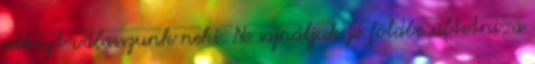
edényt válasszunk neki. Ne sajnáljuk jó földbe ültetni, a